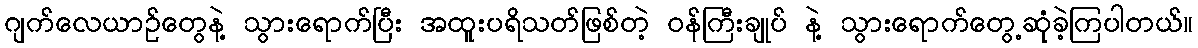
ဂျက်လေယာဉ်တွေနဲ့ သွားရောက်ပြီး အထူးပရိသတ်ဖြစ်တဲ့ ဝန်ကြီးချုပ် နဲ့ သွားရောက်တွေ့ဆုံခဲ့ကြပါတယ်။